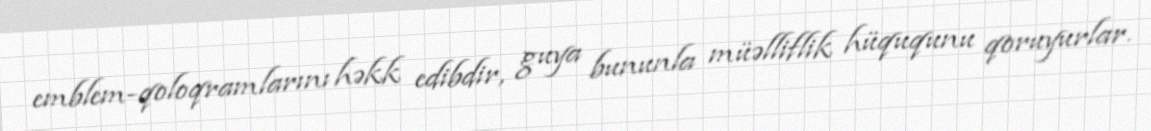
emblem-qoloqramlarını həkk edibdir, guya bununla müəlliflik hüququnu qoruyurlar.